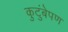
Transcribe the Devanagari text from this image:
कुटुंबेपण